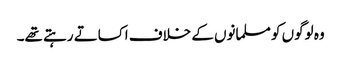
وہ لوگوں کو مسلمانوں کے خلاف اکساتے رہتے تھے۔